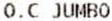
O.C JUMBO